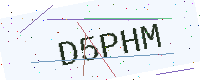
Text: D5PHM